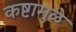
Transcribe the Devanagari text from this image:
कष्टामुळे